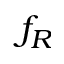
f _ { R }